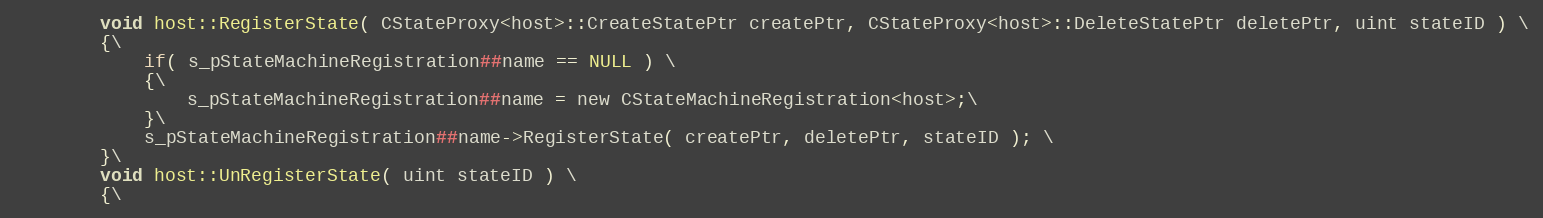
Language: C
		void host::RegisterState( CStateProxy<host>::CreateStatePtr createPtr, CStateProxy<host>::DeleteStatePtr deletePtr, uint stateID ) \
		{\
			if( s_pStateMachineRegistration##name == NULL ) \
			{\
				s_pStateMachineRegistration##name = new CStateMachineRegistration<host>;\
			}\
			s_pStateMachineRegistration##name->RegisterState( createPtr, deletePtr, stateID ); \
		}\
		void host::UnRegisterState( uint stateID ) \
		{\